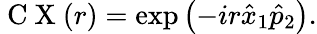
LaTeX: \mathrm{~C~X~}(r)=\exp\left({-ir\hat{x}_{1}\hat{p}_{2}}\right).